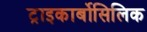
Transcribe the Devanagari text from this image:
ट्राइकार्बोसिलिक